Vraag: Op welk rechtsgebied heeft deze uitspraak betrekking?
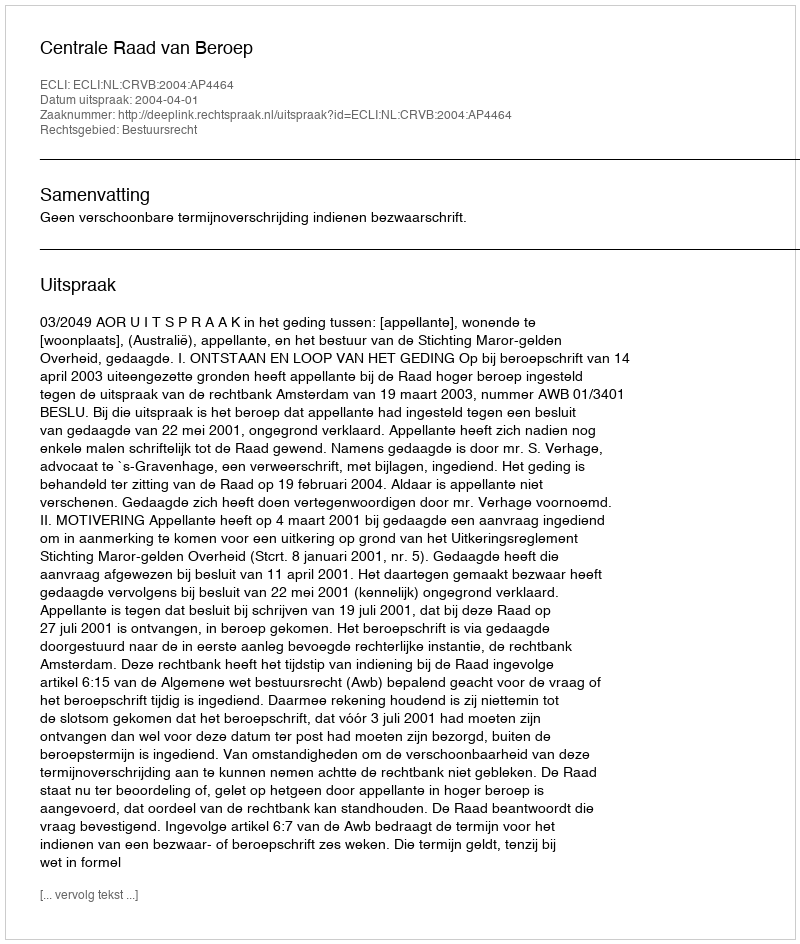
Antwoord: Bestuursrecht